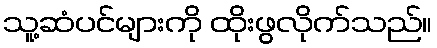
သူ့ဆံပင်များကို ထိုးဖွလိုက်သည်။